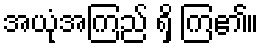
အယုံအကြည် ရှိ ကြ၏။